Report of the Indian Hemp Drugs Commission, 1894-1895 - Volume VII
Year: 1894
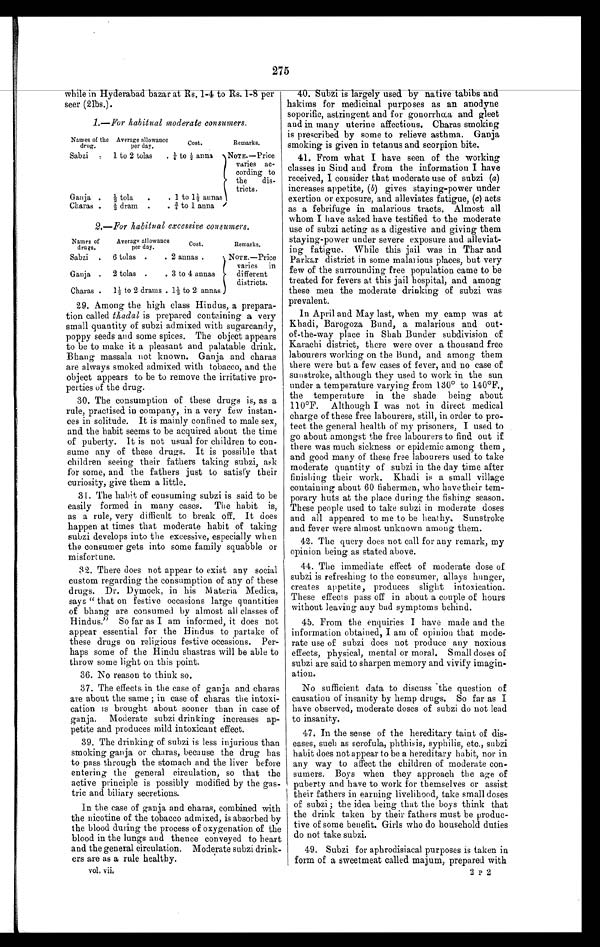
275
while in Hyderabad bazar at Rs. 1–4 toRs.1–8:per
seer (2lbs.).
1.—For habitual moderate consumers.
Names of the
d r u g .
Sabzi
Average allowance
per day.
1 to 2 tolas
Cost.
¼ to ½ anna
Remarks.
NOTE.—Price
varies ac -
cording to
the
dis -
tricts.
Ganja
½tola
1 to 1½ aunas
Charas
⅓ dram
¾ to 1 anna
2.—For habitual excessive consumers.
Names of
drugs.
Average allowance
per day.
Cost.
Remarks.
Sabzi
6 tolas
2 annas
NOTE.—Price
varies in
Ganja
2 tolas
3 to 4 annas
different
districts.
Charas
1½ to 2 drams 1 ⅓ to 2 annas
29. Among the high class Hindus, a prepara
- t i o n c a l l e d
t h a d a l
i s p r e p a r e d c o n t a i n i n g a v e r y
small quantity of subzi admixed with sugarcandy,
poppy seeds and some spices. The object appears
to be to make it a pleasant and palatable drink.
Bhang massala not known. Ganja and charas
are always smoked admixed with tobacco, and the
object appears to be to remove the irritative pro
-perties of the drug.
30.
The consumption of these drugs is, as a
rule, practised in company, in a very few instan
- c e s i n s o l i t u d e . I t i s m a i n l y c o n f i n e d t o m a l e s e x ,
and the habit seems to be acquired about the time
of puberty. It is not usual for children to con
- s u m e a n y o f t h e s e d r u g s . I t i s p o s s i b l e t h a t
children seeing their fathers taking subzi, ask
for some, and the fathers just to satisfy their
curiosity, give them a little.
31. The habit of consuming subzi is said to be
easily formed in many cases. The habit is,
as a rule, very difficult to break off. It does
happen at times that moderate habit of taking
subzi develops into the excessive, especially when
the consumer gets into some family squabble or
misfortune.
32. There does not appear to exist any social
custom regarding the consumption of any of these
drugs. Dr. Dymock, in his Materia Medica,
says " that on festive occasions large quantities
of bhang are consumed by almost all classes of
Hindus." So far as I am informed, it does not
appear essential for the Hindus to partake of
these drugs on religious festive occasions. Per
-haps some of the Hindu shastras will be able to
throw some light on this point.
36. No reason to think so.
37. The effects in the case of ganja and charas
are about the same ; in case of charas the intoxi
-
cation is brought about sooner than in case of
ganja. Moderate subzi drinking increases ap
-
petite and produces mild intoxicant effect.
39. The drinking of subzi is less injurious than
smoking ganja or charas, because the drug has
to pass through the stomach and the liver before
entering the general circulation, so that the
active principle is possibly modified by the gas
-
tric and biliary secretions.
In the case of ganja and charas, combined with
the nicotine of the tobacco admixed, is absorbed by
the blood during the process of oxygenation of the
blood in the lungs and thence conveyed to heart
and the general circulation. Moderate subzi drink
-
ers are as a rule healthy.
vol. vii,
40. Subzi is largely used by native tabibs and
hakims for medicinal purposes as an anodyne
soporific, astringent and for gonorrhœa and gleet
and in many uterine affections. Charas smoking
is prescribed by some to relieve asthma. Ganja
smoking is given in tetanus and scorpion bite.
41. From what I have seen of the working
classes in Sind and from the information I have
received, I consider that moderate use of subzi (a)
increases appetite, ( b) gives staying-power under
exertion or exposure, and alleviates fatigue, (c) acts
as a febrifuge in malarious tracts. Almost all
whom I have asked have testified to the moderate
use of subzi acting as a digestive and giving them
staying-power under severe exposure and alleviat
-
ing fatigue. While this jail was in Thar and
Parkar district in some malarious places, but very
few of the surrounding free population came to be
treated for fevers at this jail hospital, and among
these men the moderate drinking of subzi was
prevalent.
In April and May last, when my camp was at
Khadi, Barogoza Bund, a malarious and out-
of-the-way place in Shah Bunder subdivision of
Karachi district, there were over a thousand free
labourers working on the Bund, and among them
there were but a few cases of fever, and no case of
sunstroke, although they used to work in the sun
under a temperature varying from 130º to 140ºF.,
the temperature in the shade being about
110ºF. Although I was not in direct medical
charge of these free labourers, still, in order to pro
-
tect the general health of my prisoners, I used to
go about amongst the free labourers to find out if
there was much sickness or epidemic among them,
and good many of these free labourers used to take
moderate quantity of subzi in the day time after
finishing their work. Khadi is a small village
containing about 60 fishermen, who have their tem
-
porary huts at the place during the fishing season.
These people used to take subzi in moderate doses
and all appeared to me to be heathy. Sunstroke
and fever were almost unknown among them.
42. The query does not call for any remark, my
opinion being as stated above.
44. The immediate effect of moderate dose of
subzi is refreshing to the consumer, allays hunger,
creates appetite, produces slight intoxication.
These effects pass off in about a couple of hours
without leaving any bad symptoms behind.
45. From the enquiries I have made and the
information obtained, I am of opinion that mode
-
rate use of subzi does not produce any noxious
effects, physical, mental or moral. Small doses of
subzi are said to sharpen memory and vivify imagin
-
ation.
No sufficient data to discuss the question of
causation of insanity by hemp drugs. So far as I
have observed, moderate doses of subzi do not lead
to insanity.
47. In the sense of the hereditary taint of dis
-
eases, such as scrofula, phthisis, syphilis, etc., subzi
habit does not appear to be a hereditary habit, nor in
any way to affect the children of moderate con
-
sumers. Boys when they approach the age of
puberty and have to work for themselves or assist
their fathers in earning livelihood, take small doses
of subzi ; the idea being that the boys think that
the drink taken by their fathers must be produc
-
tive of some benefit. Girls who do household duties
do not take subzi.
49. Subzi for aphrodisiacal purposes is taken in
form of a sweetmeat called majum, prepared with
2 P 2